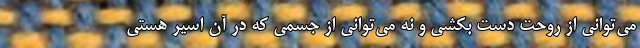
می‌توانی از روحت دست بکشی و نه می‌توانی از جسمی که در آن اسیر هستی